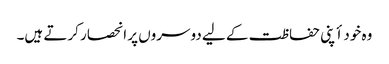
وہ خود أپنی حفاظت کے لیے دوسروں پر انحصار کرتے ہیں۔